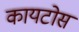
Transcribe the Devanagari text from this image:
कायटोस